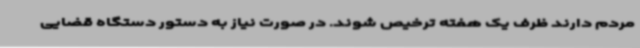
مردم دارند ظرف یک هفته ترخیص شوند. در صورت نیاز به دستور دستگاه قضایی